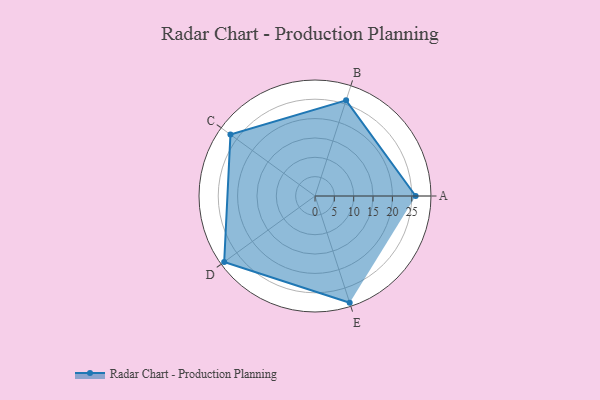
{"axis": {"x": "Skill", "y": "Score"}, "legend": ["Profile"], "data": [{"x": "A", "y": 26.0, "type": "Profile"}, {"x": "B", "y": 26.0, "type": "Profile"}, {"x": "C", "y": 27.0, "type": "Profile"}, {"x": "D", "y": 29.0, "type": "Profile"}, {"x": "E", "y": 29.0, "type": "Profile"}]}